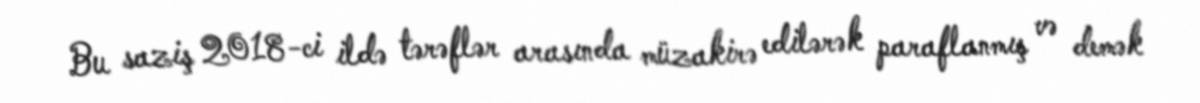
Bu saziş 2018-ci ildə tərəflər arasında müzakirə edilərək paraflanmış və demək